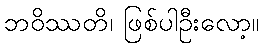
ဘဝိဿတိ၊ ဖြစ်ပါဦးလော့။